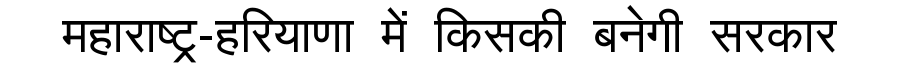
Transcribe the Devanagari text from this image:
महाराष्ट्र-हरियाणा में किसकी बनेगी सरकार